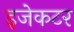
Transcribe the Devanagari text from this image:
इजेकटर